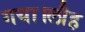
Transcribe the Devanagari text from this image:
गया।लौह